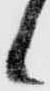
候